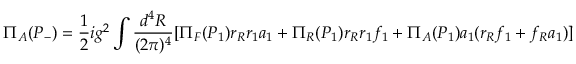
\Pi _ { A } ( P _ { - } ) = \frac { 1 } { 2 } i g ^ { 2 } \int \frac { d ^ { 4 } R } { ( 2 \pi ) ^ { 4 } } [ \Pi _ { F } ( P _ { 1 } ) r _ { R } r _ { 1 } a _ { 1 } + \Pi _ { R } ( P _ { 1 } ) r _ { R } r _ { 1 } f _ { 1 } + \Pi _ { A } ( P _ { 1 } ) a _ { 1 } ( r _ { R } f _ { 1 } + f _ { R } a _ { 1 } ) ]